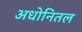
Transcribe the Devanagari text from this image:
अधोनितल